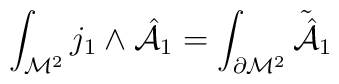
\int_{{\cal M}^{2}} j_1 \wedge{\hat {\cal A}}_1  =\int_{\partial {\cal M}^{2}} {\tilde{\hat {\cal A}}}_1